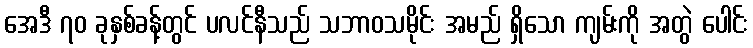
အေဒီ ၇၀ ခုနှစ်ခန့်တွင် ပလင်နီသည် သဘာဝသမိုင်း အမည် ရှိသော ကျမ်းကို အတွဲ ပေါင်း